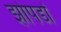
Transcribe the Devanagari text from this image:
झोपडों